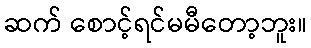
ဆက် စောင့်ရင်မမီတော့ဘူး။